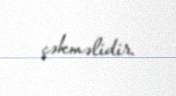
çəkməlidir.